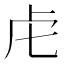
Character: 虍